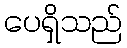
ပေရှိသည်